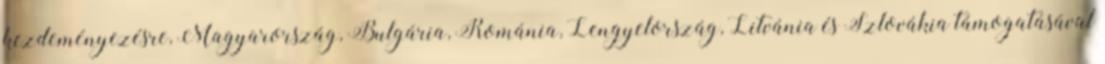
kezdeményezésre, Magyarország, Bulgária, Románia, Lengyelország, Litvánia és Szlovákia támogatásával